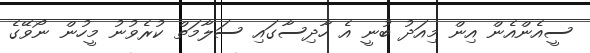
ސީއެންއެން އިން މިއަދު ބުނީ އެ ހާދިސާގައި ސަލާމަތް ކުރެވުނު މީހުން ނޯވޭގެ